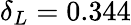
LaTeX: \delta_{L}=0.344